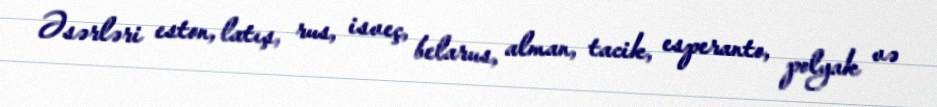
Əsərləri eston, latış, rus, isveç, belarus, alman, tacik, esperanto, polyak və